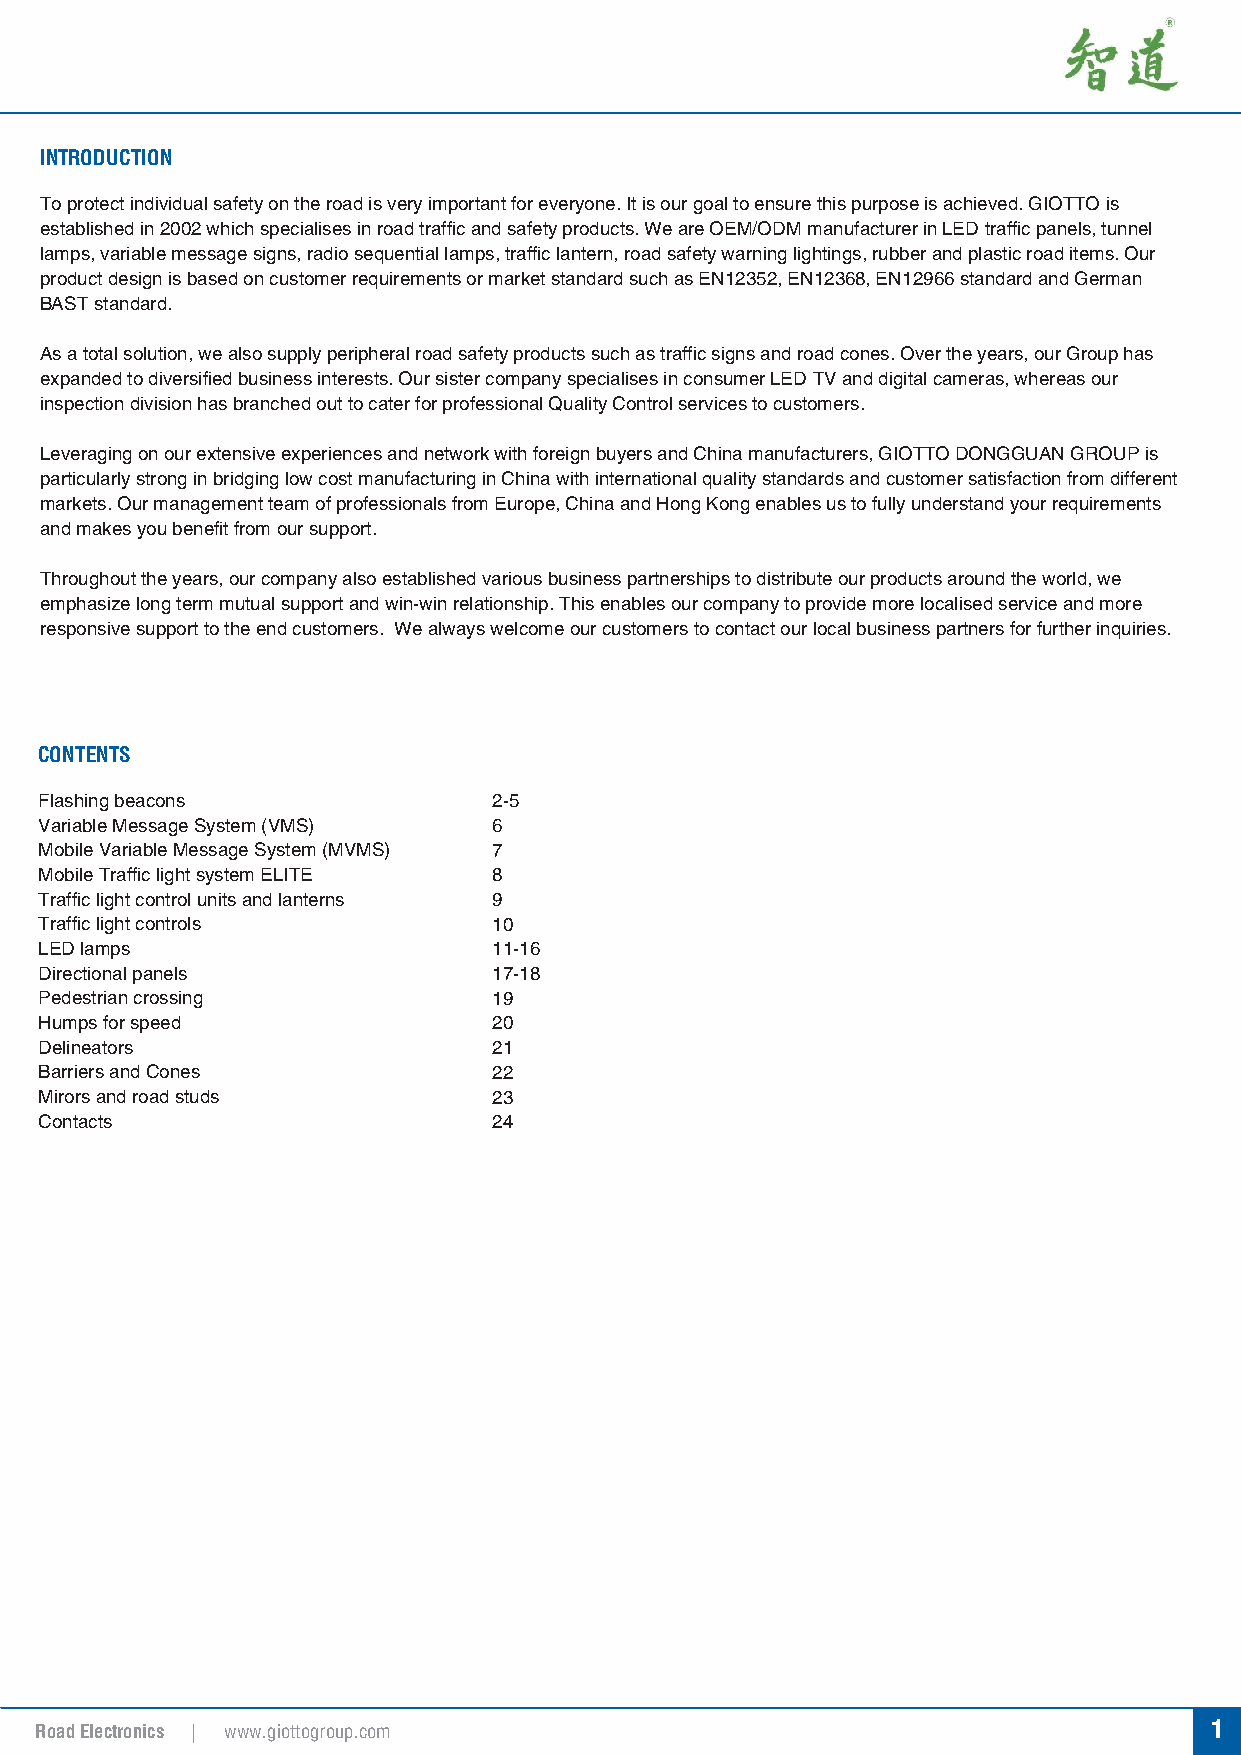
INTRODUCTION
 To protect individual safety on the road is very important for everyone. It is our goal to ensure this purpose is achieved. GIOTTO is
 established in 2002 which specialises in road traffic and safety products. We are OEM/ODM manufacturer in LED traffic panels, tunnel
 lamps, variable message signs, radio sequential lamps, traffic lantern, road safety warning lightings, rubber and plastic road items. Our
 product design is based on customer requirements or market standard such as EN12352, EN12368, EN12966 standard and German
 BAST standard.
 As a total solution, we also supply peripheral road safety products such as traffic signs and road cones. Over the years, our Group has
 expanded to diversified business interests. Our sister company specialises in consumer LED TV and digital cameras, whereas our
 inspection division has branched out to cater for professional Quality Control services to customers.
 Leveraging on our extensive experiences and network with foreign buyers and China manufacturers, GIOTTO DONGGUAN GROUP is
 particularly strong in bridging low cost manufacturing in China with international quality standards and customer satisfaction from different
 markets. Our management team of professionals from Europe, China and Hong Kong enables us to fully understand your requirements
 and makes you benefit from our support.
 Throughout the years, our company also established various business partnerships to distribute our products around the world, we
 emphasize long term mutual support and win-win relationship. This enables our company to provide more localised service and more
 responsive support to the end customers. We always welcome our customers to contact our local business partners for further inquiries.
 CONTENTS
 Flashing beacons              2-5
 Variable Message System (VMS) 6
 Mobile Variable Message System (MVMS) 7
 Mobile Traffic light system ELITE 8
 Traffic light control units and lanterns 9
 Traffic light controls        10
 LED lamps                     11-16
 Directional panels            17-18
 Pedestrian crossing           19
 Humps for speed               20
 Delineators                   21
 Barriers and Cones            22
 Mirors and road studs         23
 Contacts                      24
 22 Road Electronics | www.giottogroup.com                                      1